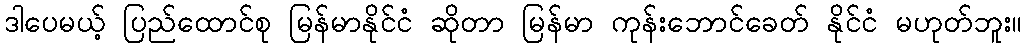
ဒါပေမယ့် ပြည်ထောင်စု မြန်မာနိုင်ငံ ဆိုတာ မြန်မာ ကုန်းဘောင်ခေတ် နိုင်ငံ မဟုတ်ဘူး။